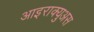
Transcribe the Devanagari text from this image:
आइराक्युअस